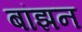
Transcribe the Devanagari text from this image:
बांझन